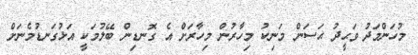
މުހަންމަދު ވަޙީދު ޙަސަން މަނިކު މިހާރުން މިހާރަށް އެ ގޮނޑިން ބޭލުމަކީ އަޅުގަނޑުމެނަށް